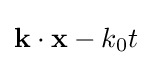
\mathbf {k} \cdot \mathbf {x} -k_{0}t